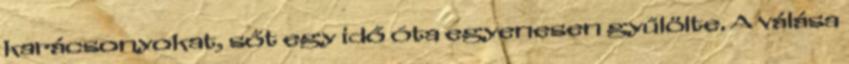
karácsonyokat, sőt egy idő óta egyenesen gyűlölte. A válása